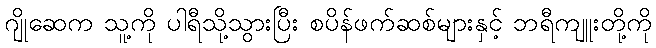
ဂျိုဆေက သူ့ကို ပါရီသို့သွားပြီး စပိန်ဖက်ဆစ်များနှင့် ဘရီကျူးတို့ကို